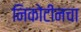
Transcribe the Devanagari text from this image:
निकोटीनचा